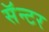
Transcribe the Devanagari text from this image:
सॅन्टर